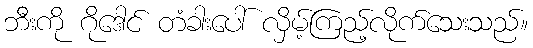
ဘီးကို ဂိုဒေါင် တံခါးပေါ် လှိမ့်ကြည့်လိုက်သေးသည်။